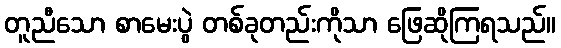
တူညီသော စာမေးပွဲ တစ်ခုတည်းကိုသာ ဖြေဆိုကြရသည်။